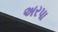
અરપા